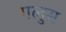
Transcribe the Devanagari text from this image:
गलुस